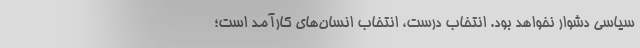
سیاسی دشوار نخواهد بود. انتخاب درست، انتخاب انسان‌های کارآمد است؛